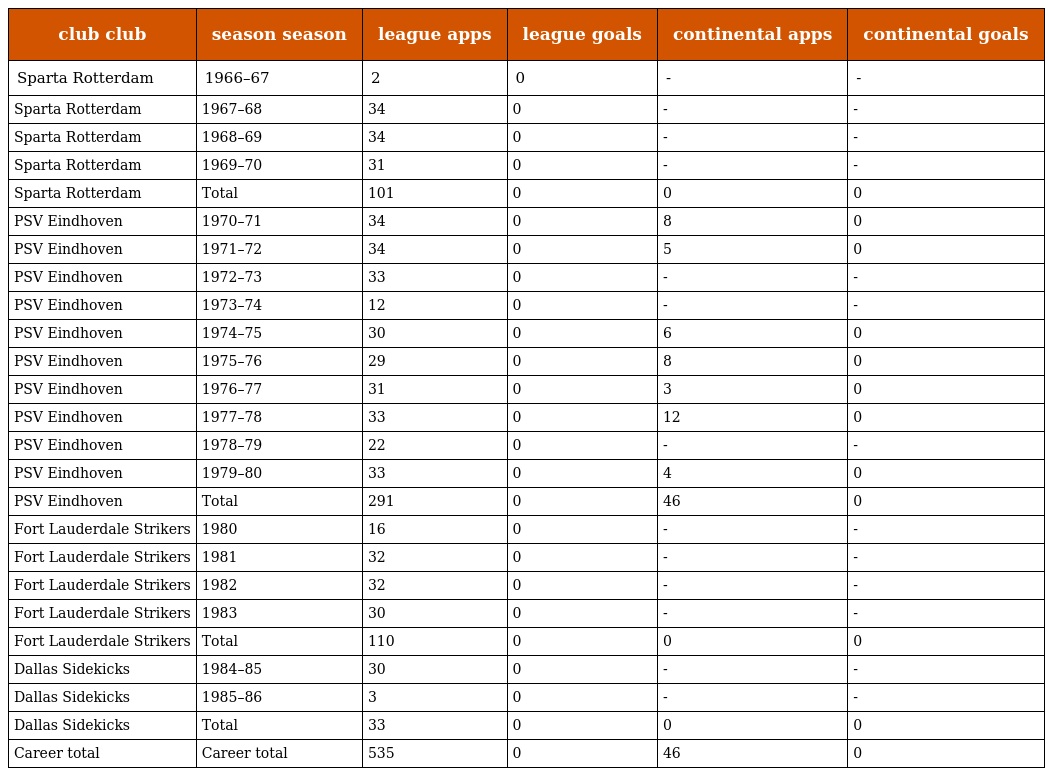
| club club | season season | league apps | league goals | continental apps | continental goals |
 | --- | --- | --- | --- | --- | --- |
 | Sparta Rotterdam | 1966–67 | 2 | 0 | - | - |
 | Sparta Rotterdam | 1967–68 | 34 | 0 | - | - |
 | Sparta Rotterdam | 1968–69 | 34 | 0 | - | - |
 | Sparta Rotterdam | 1969–70 | 31 | 0 | - | - |
 | Sparta Rotterdam | Total | 101 | 0 | 0 | 0 |
 | PSV Eindhoven | 1970–71 | 34 | 0 | 8 | 0 |
 | PSV Eindhoven | 1971–72 | 34 | 0 | 5 | 0 |
 | PSV Eindhoven | 1972–73 | 33 | 0 | - | - |
 | PSV Eindhoven | 1973–74 | 12 | 0 | - | - |
 | PSV Eindhoven | 1974–75 | 30 | 0 | 6 | 0 |
 | PSV Eindhoven | 1975–76 | 29 | 0 | 8 | 0 |
 | PSV Eindhoven | 1976–77 | 31 | 0 | 3 | 0 |
 | PSV Eindhoven | 1977–78 | 33 | 0 | 12 | 0 |
 | PSV Eindhoven | 1978–79 | 22 | 0 | - | - |
 | PSV Eindhoven | 1979–80 | 33 | 0 | 4 | 0 |
 | PSV Eindhoven | Total | 291 | 0 | 46 | 0 |
 | Fort Lauderdale Strikers | 1980 | 16 | 0 | - | - |
 | Fort Lauderdale Strikers | 1981 | 32 | 0 | - | - |
 | Fort Lauderdale Strikers | 1982 | 32 | 0 | - | - |
 | Fort Lauderdale Strikers | 1983 | 30 | 0 | - | - |
 | Fort Lauderdale Strikers | Total | 110 | 0 | 0 | 0 |
 | Dallas Sidekicks | 1984–85 | 30 | 0 | - | - |
 | Dallas Sidekicks | 1985–86 | 3 | 0 | - | - |
 | Dallas Sidekicks | Total | 33 | 0 | 0 | 0 |
 | Career total | Career total | 535 | 0 | 46 | 0 |